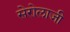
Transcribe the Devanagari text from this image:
सेरोलाजी